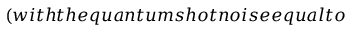
( w i t h t h e q u a n t u m s h o t n o i s e e q u a l t o